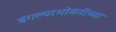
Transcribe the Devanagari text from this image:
बंगल्याभोवतीच्या